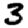
Digit: 3